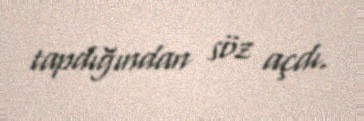
tapdığından söz açdı.